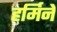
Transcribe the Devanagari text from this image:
हर्मिने